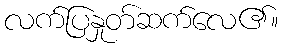
လက်ပြနှုတ်ဆက်လေ၏။